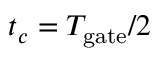
t _ { c } = T _ { \mathrm { g a t e } } / 2